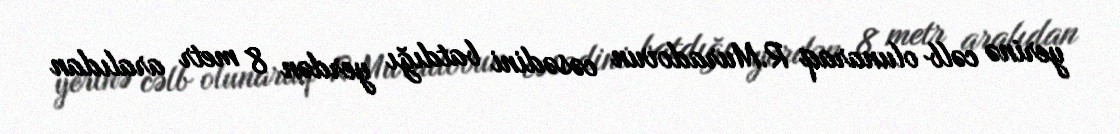
yerinə cəlb olunaraq R.Muradovun cəsədini batdığı yerdən 8 metr aralıdan